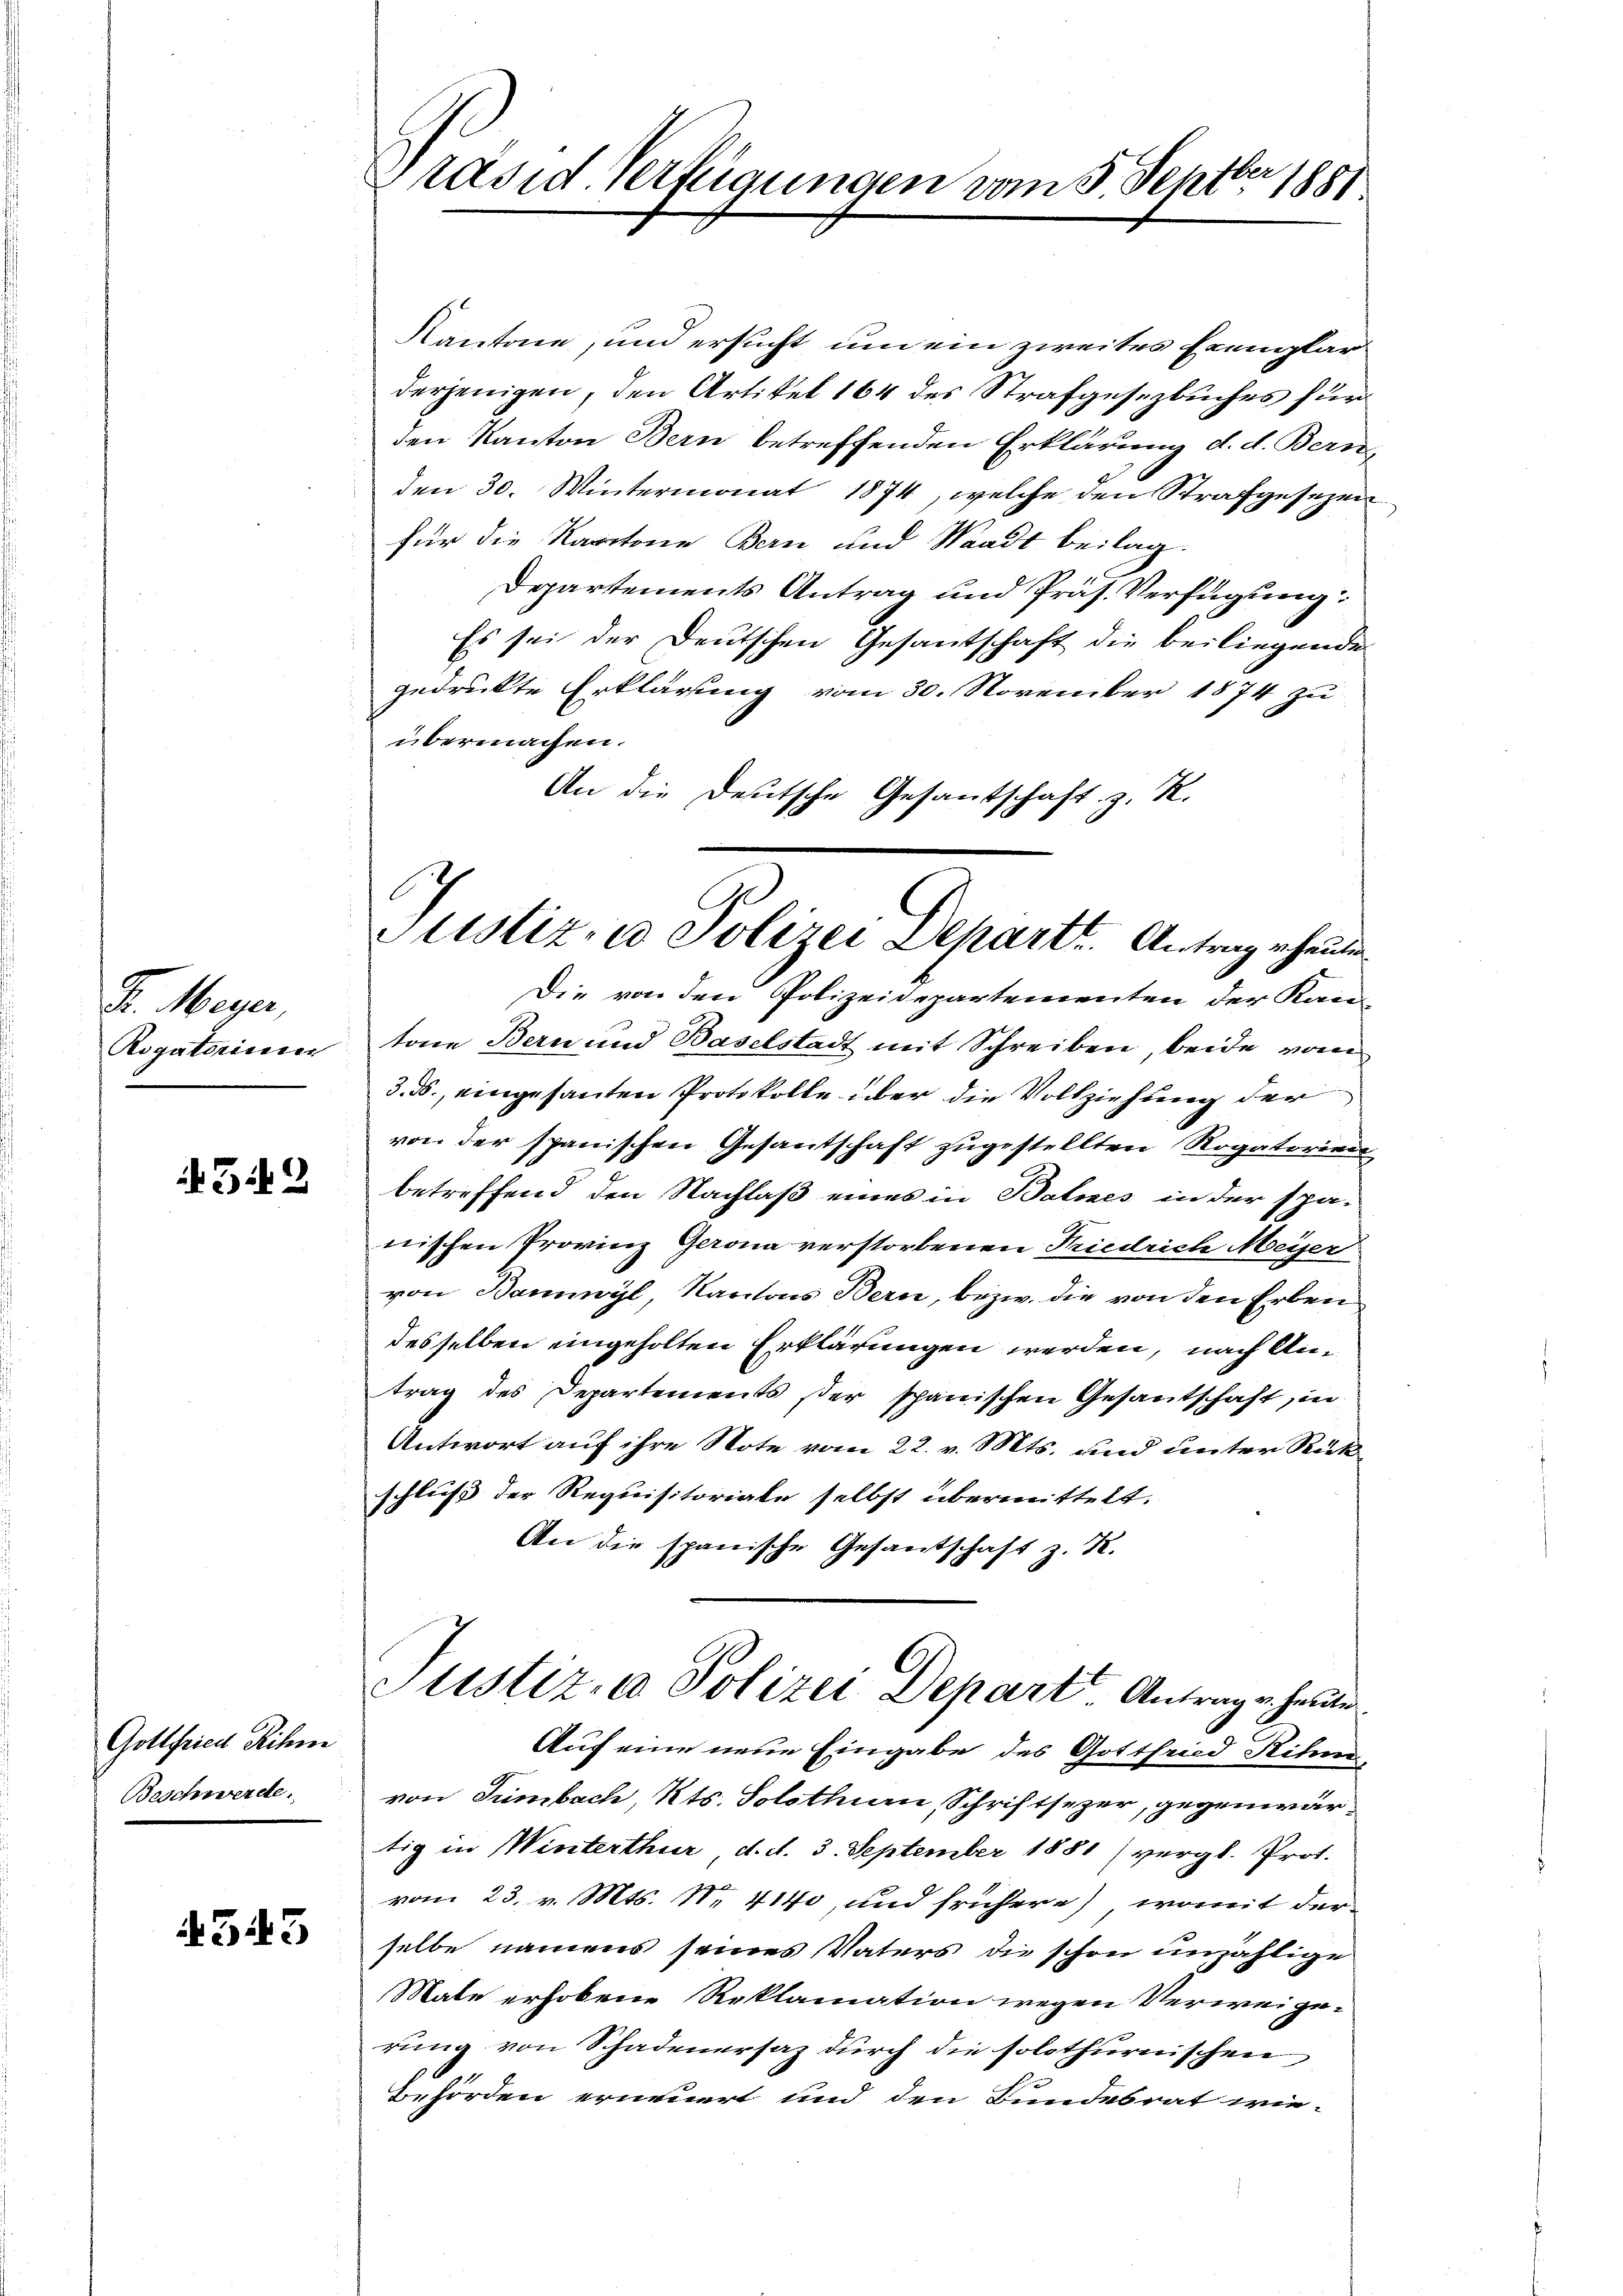
Fr. Meyer,
Rogatorium

542

Gottfried ihm
Beschwerde.

343

Präsid Verfügungen vom 5. Septber 1881

Kantone, und ersucht um ein zweites Exemplar
derjenigen, den Artikel 164 des Strafgesezbuches für
den Kanton Bern betreffenden Erklärung d. d. Bern
den 30. Wintermonat 1874, welche den Strafgesezen
für die Kantone Bern und Waadt beilag.
Departements Antrag und Präs. Verfügung:
Es sei der Deutschen Gesantschaft die beiliegende
gedruckte Erklärung vom 30. November 1874 zu
übermachen.
An die Deutsche Gesantschaft z. R.
Die von den Polizeidepartementen der Kan
tone Bern und Baselstadt mit Schreiben, beide von
3. ds., eingesanten Protokolle über die Vollziehung der
von der spanischen Gesantschaft zugestellten Rogatoriann
betreffend den Nachlaß eines in Balnes in der spä-
nischen Provinz Gerona verstorbenen Friedrich Meyer
von Bannwyl, Kantons Bern, bezw. die von den Erben
desselben eingeholten Erklärungen werden, nach Antrag des Departements er spanischen Gesantschaft, in
Antwort auf ihre Note vom 22. v. Mts. und unter Rük
schluß der Requisitoriale selbst übermittelt.
An die spanische Gesantschaft z. K.
tistiz- & Polizei Depart Antrage heute
Auf eine neue Eingabe des Gottfried Ritze
von Trimbach, Kts. Solothurn, Schriftsezer, gegenwärtig in Winterthur d. d. 3. September 1881 (vergl. Prot.
vom 23. v. Mts. Nr. 4140, und frühere), womit der
selbe namens seines Vaters die schon unzählige
Mate erhobene Reklamation wegen Verweigerung von Schadenersaz durch die solothurnischen
Behörden erneuert und den Bundesrat wie-

Justiz- u Polizei Depart. Antrag erheiten